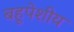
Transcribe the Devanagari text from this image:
बहूपेशीय